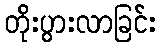
တိုးပွားလာခြင်း